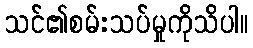
သင်၏စမ်းသပ်မှုကိုသိပါ။